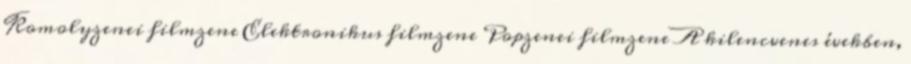
Komolyzenei filmzene Elektronikus filmzene Popzenei filmzene A kilencvenes években,